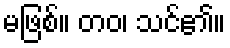
မဖြစ်။ တဝ၊ သင်၏။